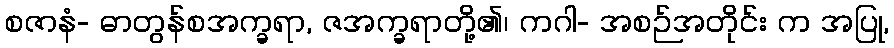
စဇာနံ- ဓာတွန်စအက္ခရာ, ဇအက္ခရာတို့၏၊ ကဂါ- အစဉ်အတိုင်း က အပြု,